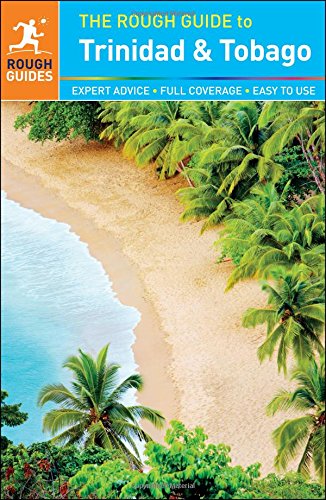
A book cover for The Rough Guide to Trinidad and Tobago; Polly Thomas; Travel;